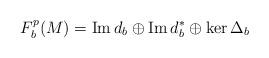
LaTeX: \begin{align*}F_b^p(M)={\rm Im\,}d_b\oplus{\rm Im\,}d_b^*\oplus\ker\Delta_b\end{align*}